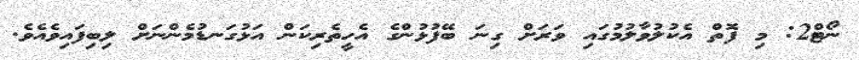
ނޯޓް2: މި ފޮތް އެކުލުވާލުމުގައި ވަރަށް ގިނަ ބޭފުޅުންގެ އެހީތެރިކަން އަޅުގަނޑުމެންނަށް ލިބިފައިވެއެވެ.